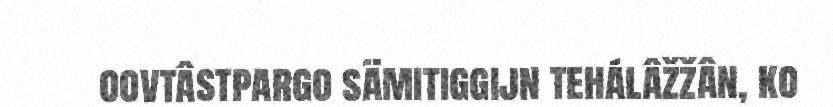
oovtâstpargo sämitiggijn tehálâžžân, ko